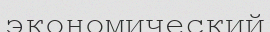
экономический